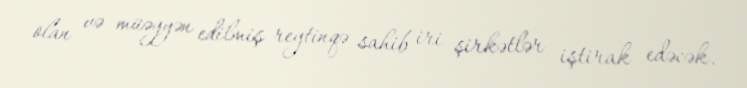
olan və müəyyən edilmiş reytinqə sahib iri şirkətlər iştirak edəcək.